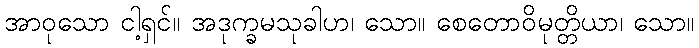
အာဝုသော ငါ့ရှင်။ အဒုက္ခမသုခါဟ၊ သော။ စေတောဝိမုတ္တိယာ၊ သော။